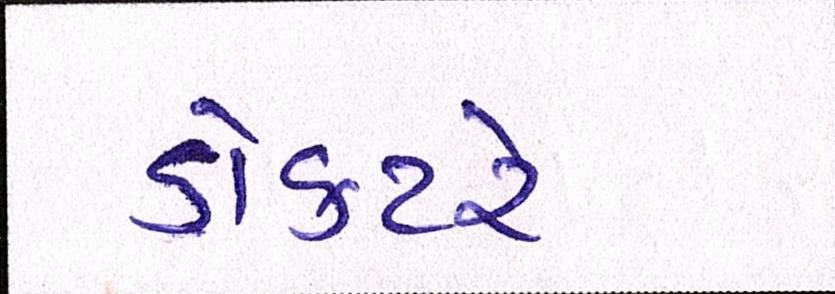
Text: ડોક્ટરે